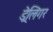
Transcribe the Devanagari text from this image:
ड्रेलिंगर